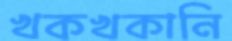
খকখকানি